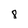
Character: 8